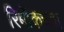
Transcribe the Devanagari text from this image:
रिबॉकच्या